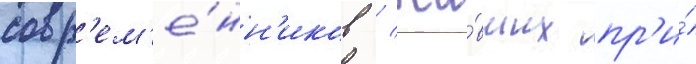
совр'ем'е́нн'иков / жи́вших пр'и́